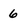
Character: 6